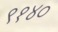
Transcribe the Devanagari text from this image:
९१४०